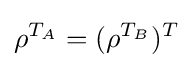
\rho ^{T_{A}}=(\rho ^{T_{B}})^{T}